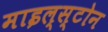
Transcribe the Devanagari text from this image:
माइल्स्टोन